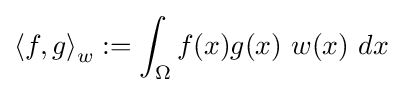
{\langle f,g\rangle }_{w}:=\int _{\Omega }f(x)g(x)\ w(x)\ dx